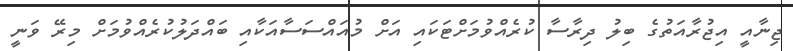
ޖިނާއީ އިޖުރާއަތުގެ ބިލު ދިރާސާ ކުރެއްވުމަށްޓަކައި އަށް މުއައްސަސާއަކާއި ބައްދަލުކުރެއްވުމަށް މިރޭ ވަނީ